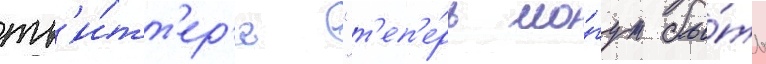
тв'и́тт'ер'е "т'еп'е́рь мо́гут бы́ть